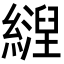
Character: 𬘀